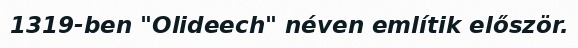
1319-ben "Olideech" néven említik először.